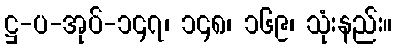
ဋ္ဌ-ပ-အုပ်-၁၄၇၊ ၁၄၈၊ ၁၆၉၊ သုံးနည်း။